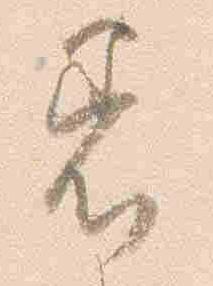
着